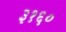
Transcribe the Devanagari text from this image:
३१६०